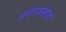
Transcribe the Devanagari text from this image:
अनारकलीला